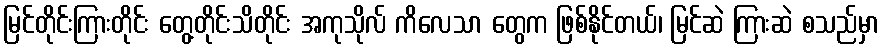
မြင်တိုင်းကြားတိုင်း တွေ့တိုင်းသိတိုင်း အကုသိုလ် ကိလေသာ တွေက ဖြစ်နိုင်တယ်၊ မြင်ဆဲ ကြားဆဲ စသည်မှာ